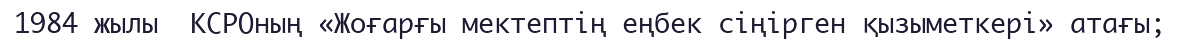
1984 жылы  КСРОның «Жоғарғы мектептің еңбек сіңірген қызыметкері» атағы;